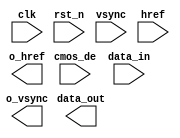
//************************************************************************//
module bm3d_top 
(
    input   wire            clk,
    input   wire            rst_n,
    input   wire            vsync,
    input   wire            href,
    input   wire            cmos_de,
    input   wire    [7:0]   data_in,// 8bit 

    output  wire            o_vsync,
    output  wire            o_href,
    output  wire    [7:0]   data_out
);
//************************************************************************//

endmodule //bm3d_top